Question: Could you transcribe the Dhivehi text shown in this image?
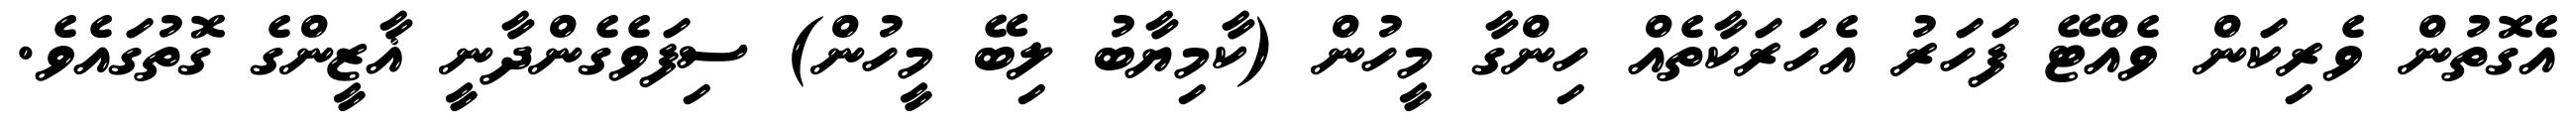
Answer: އެގޮތުން ވެރިކަން ވެއްޓޭ ފަހަރު އެހަރަކާތެއް ހިންގާ މީހުން (ކާމިޔާބު ލިބޭ މީހުން) ސިފަވެގެންދާނީ ޣާޒީންގެ ގޮތުގައެވެ.